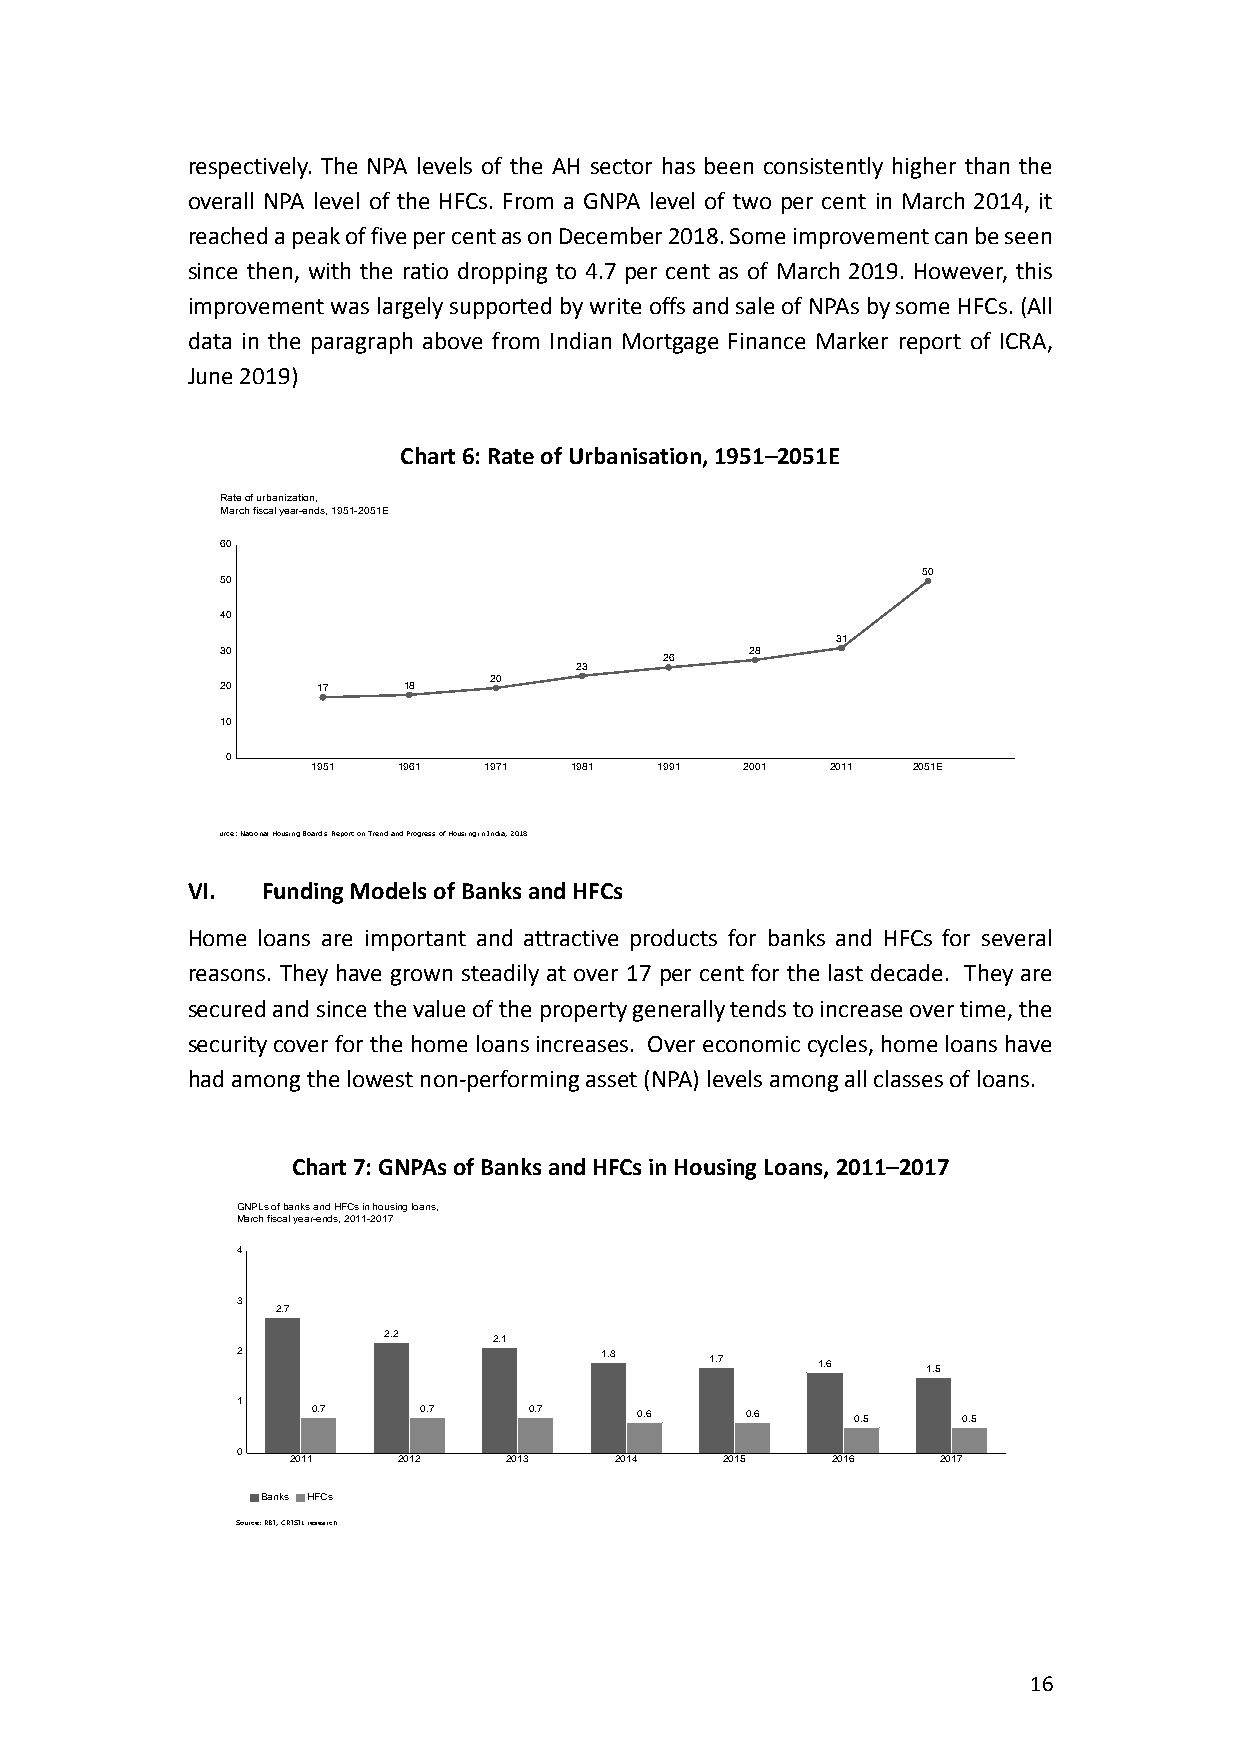
respectively. The NPA levels of the AH sector has been consistently higher than the
 overall NPA level of the HFCs. From a GNPA level of two per cent in March 2014, it
 reached a peak of five per cent as on December 2018. Some improvement can be seen
 since then, with the ratio dropping to 4.7 per cent as of March 2019. However, this
 improvement was largely supported by write offs and sale of NPAs by some HFCs. (All
 data in the paragraph above from Indian Mortgage Finance Marker report of ICRA,
 June 2019)
 Chart 6: Rate of Urbanisation, 1951–2051E
 Rate of urbanization,
 March fiscal year-ends, 1951-2051E
 60
 50
 50
 40
 31
 30                                 28
 26
 23
 20
 20    17    18
 10
 0
 1951 1961  1971  1981 1991  2001  2011 2051E
 urce: National Housing Board's Report on Trend and Progress of Housing in India, 2018
 VI.  Funding Models of Banks and HFCs
 Home loans are important and attractive products for banks and HFCs for several
 reasons. They have grown steadily at over 17 per cent for the last decade. They are
 secured and since the value of the property generally tends to increase over time, the
 security cover for the home loans increases. Over economic cycles, home loans have
 had among the lowest non-performing asset (NPA) levels among all classes of loans.
 Chart 7: GNPAs of Banks and HFCs in Housing Loans, 2011–2017
 GNPLs of banks and HFCs in housing loans,
 March fiscal year-ends, 2011-2017
 4
 3
 2.7
 2.2     2.1
 2                       1.8    1.7    1.6    1.5
 1
 0.7    0.7    0.7    0.6    0.6     0.5    0.5
 0
 2011   2012    2013   2014   2015   2016   2017
 Banks HFCs
 Source: RBI, CRISIL research
 16